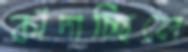
কাঁদাচ্ছিলে